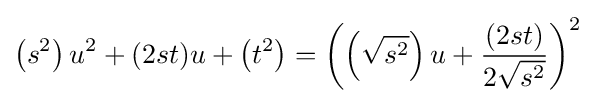
\left(s^{2}\right)u^{2}+(2st)u+\left(t^{2}\right)=\left(\left({\sqrt {s^{2}}}\right)u+{(2st) \over 2{\sqrt {s^{2}}}}\right)^{2}